Annual report of the Punjab Veterinary College and of the Civil Veterinary Department, Punjab - 1909-1919
Year: 1909
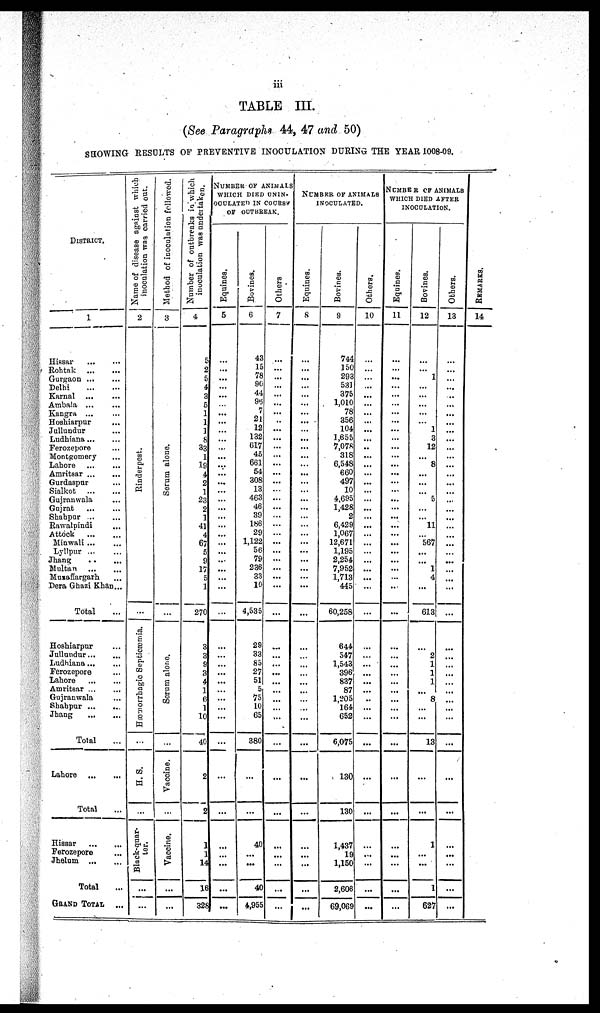
iii
TABLE III.
(See Paragraphs 44, 47 and 50)
SHOWING RESULTS OF PREVENTIVE INOCULATION DURING THE YEAR 1008-09.
DISTRICT.
1
Hissar
...
...
Rohtak
...
...
Gurgaon
...
...
Delhi
...
...
Karnal
...
...
Ambala ... ...
Kangra
...
...
Hoshiarpur ...
Jullundur ...
Ludhiana ... ...
Ferozepore ...
Montgomery ...
Lahore ... ...
Amritsar
...
...
Gurdaspur ... ...
Sialkot
...
...
Gujranwala ...
Gujrat ... ...
Shahpur
...
...
Rawalpindi ...
Attock
...
...
Minwali ... ...
Lyllpur ... ...
Jhang
.. ...
Multan ... ...
Muzaffargarh ...
Dera Ghazi Khan...
Total ...
Hoshiarpur ...
Jullundur...
...
Ludhiana ... ...
Ferozepore ...
Lahore
...
...
Amritsar
...
...
Gujranwala ...
Shahpur ...
...
Jhang
... ...
Total ...
Lahore
Total
Hissar ... ...
Ferozepore ...
Jhelum
...
...
Total
GRAND TOTAL ...
Name of disease against which
inoculation was carried out.
2
Ri nder pes t
.
...
Hæmorrhagic Septicæmia.
...
H. S.
...
Black-quar-
ter.
...
...
Method of inoculation followed.
3
Se r
um alone.
...
Serum alone.
...
Vaccine.
...
Vaccine.
...
...
Number of outbreaks in which
inoculation was undertaken.
4
5
2
5
4
3
5
1
1
1
8
33
1
19
4
2
1
23
2
1
41
4
67
5
9
17
5
1
270
3
3
9
3
4
1
6
1
10
40
2
2
1
1
14
16
328
NUMBER OF ANIMALS
WHICH DIED UNIN-
OCULATED IN COURSE
OF OUTBREAK.
Equines.
5
...
...
...
...
...
...
...
...
...
...
...
...
...
...
...
...
...
...
...
...
...
...
...
...
...
...
...
...
...
...
...
...
...
...
...
...
...
...
...
...
...
...
Bovines.
6
43
15
78
90
44
96
7
21
12
132
617
45
661
54
308
13
463
46
39
186
29
1,122
56
79
236
33
10
4,535
29
33
85
27
51
5
75
10
65
380
...
40
...
...
40
4,955
Others
7
...
...
...
...
...
...
...
..
...
...
...
...
...
...
...
...
...
...
...
...
...
...
...
...
...
...
...
...
...
...
...
...
...
...
...
...
...
...
...
...
...
...
....
...
NUMBER OF ANIMALS
INOCULATED
Equines.
8
...
...
...
...
...
...
...
...
...
...
:::
...
...
...
...
...
...
...
...
...
...
...
...
...
...
...
...
...
...
...
...
...
...
...
...
...
...
...
...
...
...
...
Bovines.
9
744
150
293
531
375
1,010
78
356
104
1,655
7,078
318
6,548
660
497
10
4,695
1,428
2
6,429
1,067
12,671
1,195
2,254
7,952
1,713
445
60,258
644
547
1,543
396
837
87
1,205
164
652
6,075
130
130
1,437
19
1,150
2,606
69,069
Others.
10
...
...
...
...
...
...
...
...
...
...
...
... ...
...
...
...
...
...
...
...
...
...
...
...
...
...
...
...
...
...
...
...
...
...
..
...
...
...
...
...
...
...
...
NUMBER OF ANIMALS
WHICH DIED AFTER
INOCULATION.
Equines.
11
...
...
...
...
...
...
...
...
...
...
...
...
...
...
...
...
...
...
...
...
...
...
...
...
...
...
...
...
...
...
...
...
...
...
...
...
...
...
...
...
...
...
Bovines.
12
...
...
1
...
...
...
...
...
1
3
12
...
8
...
...
...
5
...
11
...
567
...
...
1
4
...
613
...
2
1
1
1
...
8
...
...
...
13
...
1
...
...
1
627
Others.
13
...
...
...
...
..
...
...
...
...
...
...
...
...
...
...
...
...
...
...
...
...
...
...
...
...
...
...
...
...
...
...
...
...
...
...
...
...
...
...
...
...
...
...
...
REMARKS .
14